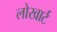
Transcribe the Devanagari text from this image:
लोखार्ट